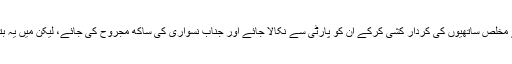
اصل معاملہ یہ ہے کہ جناب نسواری کے مخالفین یہ چاہتے ہیں کہ ان کے مخلص ساتھیوں کی کردار کشی کرکے ان کو پارٹی سے نکالا جائے اور جناب نسواری کی ساکھ مجروح کی جائے، لیکن میں یہ بتادینا چاہتا ہوں کہ ایسا صرف میری نعش پر سے گزر کر ہی ہو سکتا ہے۔